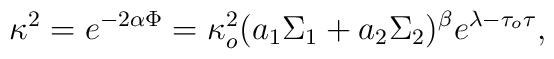
\kappa^2 = e^{-2 \alpha \Phi} = \kappa_o^2 (a_1 \Sigma_1 +a_2\Sigma_2)^{\beta}e^{ \lambda - \tau_o \tau},